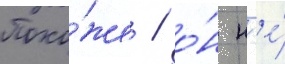
Похо́же / о́н н'е́